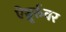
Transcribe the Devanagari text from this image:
ऐञ्जूर्रुवर